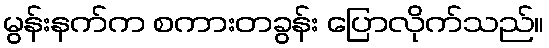
မွန်းနက်က စကားတခွန်း ပြောလိုက်သည်။